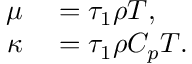
\begin{array} { r l } { \mu } & { { } = \tau _ { 1 } \rho T , } \\ { \kappa } & { { } = \tau _ { 1 } \rho C _ { p } T . } \end{array}